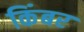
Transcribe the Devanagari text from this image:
किंबर